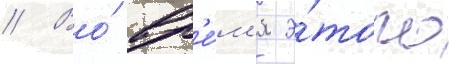
// Во́ вр'е́м'я э́того